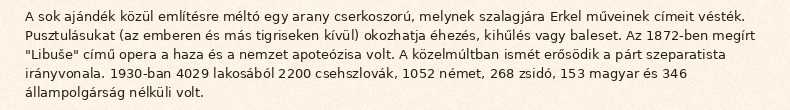
A sok ajándék közül említésre méltó egy arany cserkoszorú, melynek szalagjára Erkel műveinek címeit vésték. Pusztulásukat (az emberen és más tigriseken kívül) okozhatja éhezés, kihűlés vagy baleset. Az 1872-ben megírt "Libuše" című opera a haza és a nemzet apoteózisa volt. A közelmúltban ismét erősödik a párt szeparatista irányvonala. 1930-ban 4029 lakosából 2200 csehszlovák, 1052 német, 268 zsidó, 153 magyar és 346 állampolgárság nélküli volt.